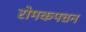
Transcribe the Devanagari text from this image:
रोमकपत्तन